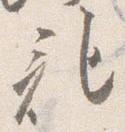
記